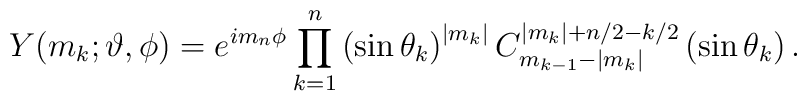
Y(m_{k};\vartheta ,\phi )=e^{im_{n}\phi }\prod_{k=1}^{n}\left( \sin \theta_{k}\right) ^{|m_{k}|}C_{m_{k-1}-|m_{k}|}^{|m_{k}|+n/2-k/2}\left( \sin\theta _{k}\right) .